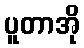
ပူတာအို